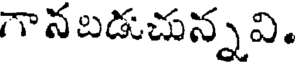
గాన బడుచున్నవి.